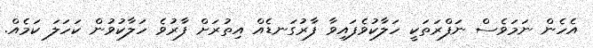
އެހެން ނަމަވެސް ނަފްރަތަކީ ހަލާކުވެފައިވާ ފާރުގަނޑެއް އިތުރަށް ފާރުވެ ހަލާކުވުން ކަހަލަ ކަމެއް.